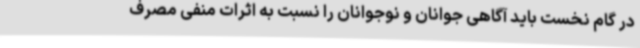
در گام نخست باید آگاهی جوانان و نوجوانان را نسبت به اثرات منفی مصرف